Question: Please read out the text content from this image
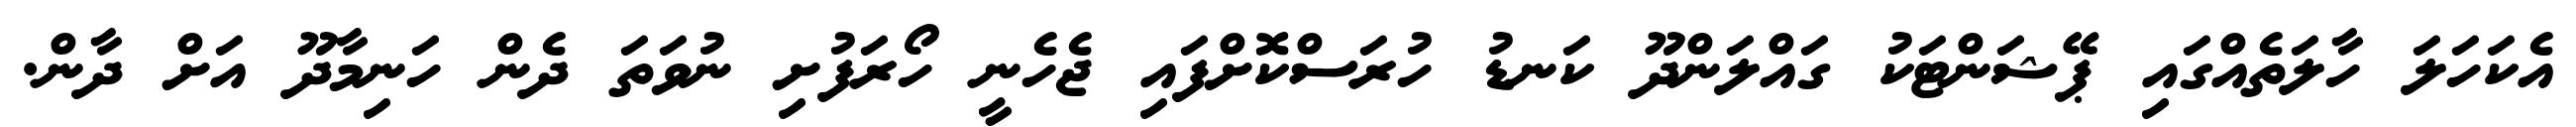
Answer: އެކަހަލަ ހާލަތެއްގައި ޕޭޝަންޓަކު ގައްލަންދޫ ކަނޑު ހުރަސްކޮށްފައި ޖެހެނީ ހޯރަފުށި ނުވަތަ ދެން ހަނިމާދޫ އަށް ދާން.